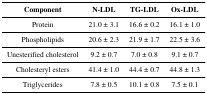
<table><thead><tr><td><b>Component</b></td><td><b>N-LDL</b></td><td><b>TG-LDL</b></td><td><b>Ox-LDL</b></td></tr></thead><tbody><tr><td>Protein</td><td>21.0 ± 3.1</td><td>16.6 ± 0.2</td><td>16.1 ± 1.0</td></tr><tr><td>Phospholipids</td><td>20.6 ± 2.3</td><td>21.9 ± 1.7</td><td>22.5 ± 3.6</td></tr><tr><td>Unesterified cholesterol</td><td>9.2 ± 0.7</td><td>7.0 ± 0.8</td><td>9.1 ± 0.7</td></tr><tr><td>Cholesteryl esters</td><td>41.4 ± 1.0</td><td>44.4 ± 0.7</td><td>44.8 ± 1.3</td></tr><tr><td>Triglycerides</td><td>7.8 ± 0.5</td><td>10.1 ± 0.8</td><td>7.5 ± 0.1</td></tr></tbody></table>